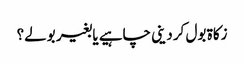
زکاۃ بول کر دینی چاہیے یا بغیر بولے؟